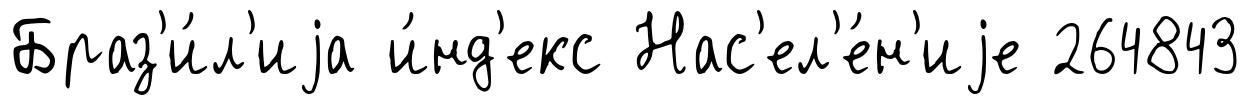
Браз'и́л'иjа и́нд'екс Нас'ел'е́н'иjе 264843